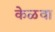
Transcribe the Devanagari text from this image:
केळवा